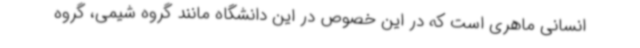
انسانی ماهری است که در این خصوص در این دانشگاه مانند گروه شیمی، گروه